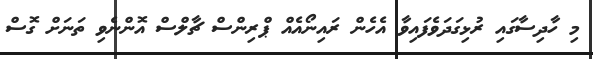
މި ހާދިސާގައި ރުޅިގަދަވެފައިވާ އެހެން ރައިނޯއެއް ޕްރިންސް ޗާލްސް އޮންނެވި ތަނަށް ގޮސް